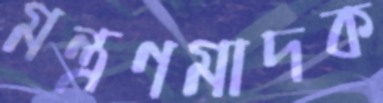
মন্ত্রণমাদক